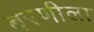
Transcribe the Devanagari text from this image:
बरणीला